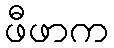
ဖီဖာက